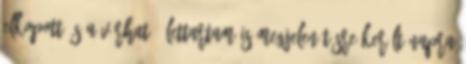
elkopott és a várható élettartam is megjelenítésre került napra